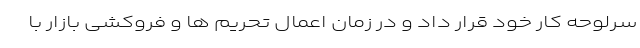
سرلوحه کار خود قرار داد و در زمان اعمال تحریم ها و فروکشی بازار با